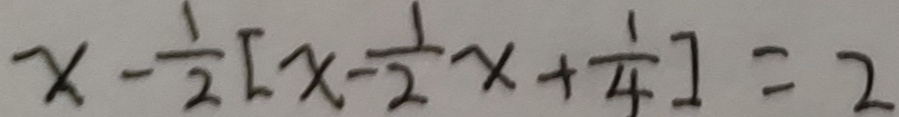
x - \frac { 1 } { 2 } [ x - \frac { 1 } { 2 } x + \frac { 1 } { 4 } ] = 2